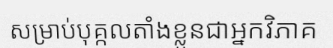
សម្រាប់បុគ្កលតាំងខ្លួនជាអ្នកវិភាគ